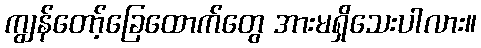
ကျွန်တော့်ခြေထောက်တွေ အားမရှိသေးပါလား။